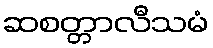
ဆစတ္တာလီသမံ